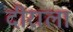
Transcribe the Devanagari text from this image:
दीराला